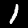
Digit: 1